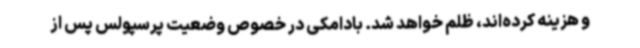
و هزینه کرده‌اند، ظلم خواهد شد. بادامکی در خصوص وضعیت پرسپولس پس از